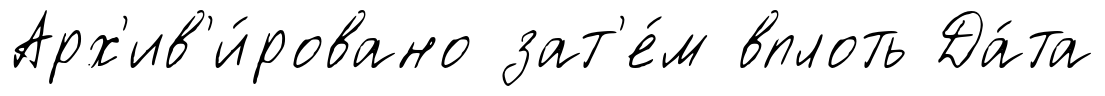
Арх'ив'и́ровано зат'е́м вплоть Да́та